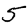
Digit: 5